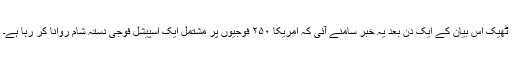
ٹھیک اس بیان کے ایک دن بعد یہ خبر سامنے آئی کہ امریکا ۲۵۰ فوجیوں پر مشتمل ایک اسپیشل فوجی دستہ شام روانا کر رہا ہے۔